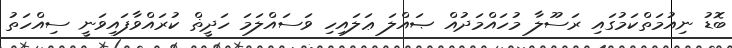
ބޮޑު ނިއުމަތްކަމުގައި ރަސޫލާ މުހައްމަދުއް ޞައްލަ ޢަލައިހި ވަސައްލަމަ ހަދީޡް ކުރައްވާފައިވަނީ ސިއްހަތު